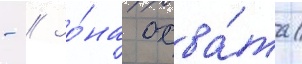
- // Зо́на охва́та